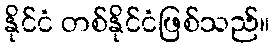
နိုင်ငံ တစ်နိုင်ငံဖြစ်သည်။